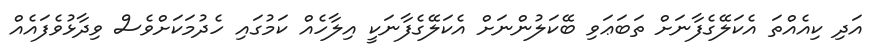
އަދި ކިއެއްތަ އެކަލޭގެފާނަށް ތަބަޢަވި ބޭކަލުންނަށް އެކަލޭގެފާނަކީ އިލާހެއް ކަމުގައި ހެދުމަކަށްވެސް ވިދާޅުވެފައެއް